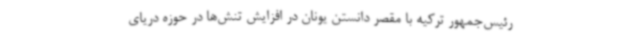
رئیس‌جمهور ترکیه با مقصر دانستن یونان در افزایش تنش‌ها در حوزه دریای